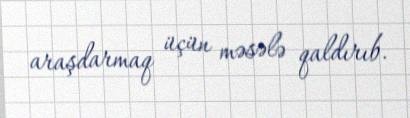
araşdarmaq üçün məsələ qaldırıb.